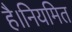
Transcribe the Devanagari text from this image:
है।नियमित